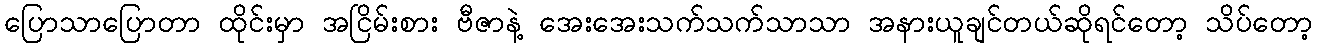
ပြောသာပြောတာ ထိုင်းမှာ အငြိမ်းစား ဗီဇာနဲ့ အေးအေးသက်သက်သာသာ အနားယူချင်တယ်ဆိုရင်တော့ သိပ်တော့